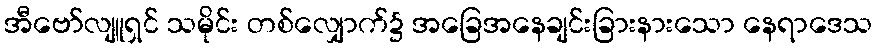
အီဗော်လျူရှင် သမိုင်း တစ်လျှောက်၌ အခြေအနေချင်းခြားနားသော နေရာဒေသ